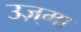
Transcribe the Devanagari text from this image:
उज़्मा